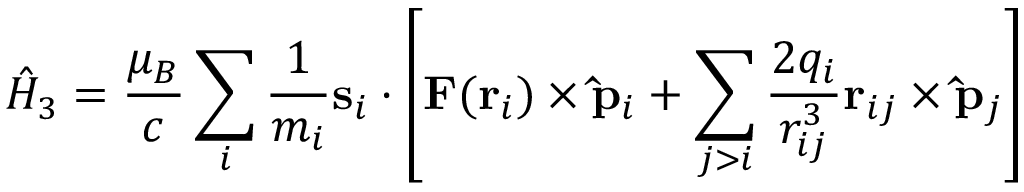
{ \hat { H } } _ { 3 } = { \frac { \mu _ { B } } { c } } \sum _ { i } { \frac { 1 } { m _ { i } } } \mathbf { s } _ { i } \cdot \left[ \mathbf { F } ( \mathbf { r } _ { i } ) \times \mathbf { \hat { p } } _ { i } + \sum _ { j > i } { \frac { 2 q _ { i } } { r _ { i j } ^ { 3 } } } \mathbf { r } _ { i j } \times \mathbf { \hat { p } } _ { j } \right]